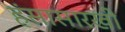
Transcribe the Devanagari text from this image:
हंसासारखी